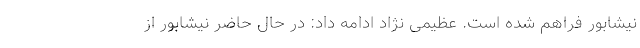
نیشابور فراهم شده است. عظیمی نژاد ادامه داد: در حال حاضر نیشابور از